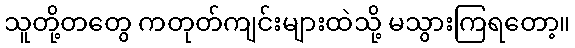
သူတို့တတွေ ကတုတ်ကျင်းများထဲသို့ မသွားကြရတော့။